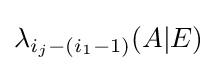
{\textstyle \lambda _{i_{j}-(i_{1}-1)}(A|E)}